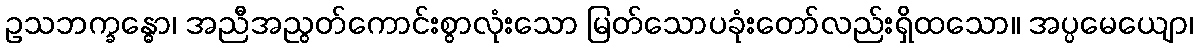
ဥသဘက္ခန္ဓော၊ အညီအညွတ်ကောင်းစွာလုံးသော မြတ်သောပခုံးတော်လည်းရှိထသော။ အပ္ပမေယျော၊